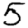
Digit: 5